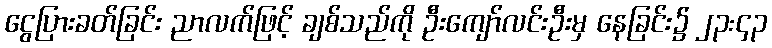
ငွေပြားခတ်ခြင်း ညာလက်ဖြင့် ချစ်သည်ကို ဦးကျော်လင်းဦးမှ နေခြင်း၌ ၂၃:၄၃